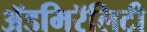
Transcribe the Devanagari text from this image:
ॲडमिरॅलिटी